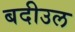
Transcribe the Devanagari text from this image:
बदीउल